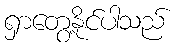
ရှာတွေ့နိုင်ပါသည်